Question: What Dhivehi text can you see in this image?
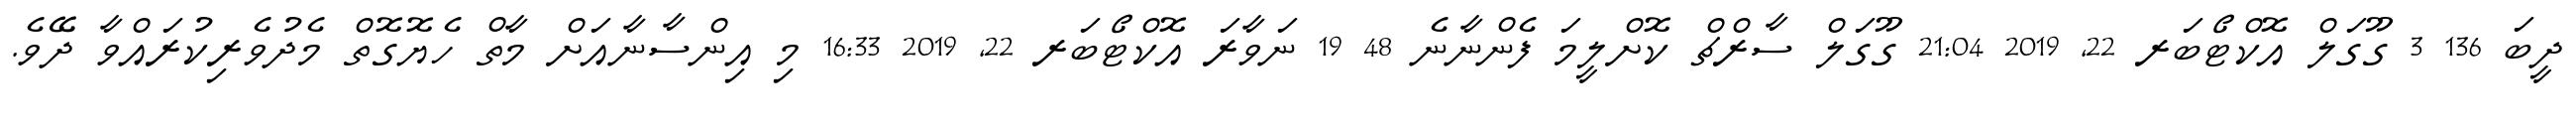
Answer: ދީބަ 136 3 ގޫގަލް އޮކްޓޯބަރ 22, 2019 21:04 ގޫގަލް ސާރްޗް ކޮށްލީމަ ފެންނާނެ 48 19 ނަވާރަ އޮކްޓޯބަރ 22, 2019 16:33 މި އިންސާނާއަށް މާތް ހެޔޮގޮތް މެދުވެރިކުރައްވާ ދޭވެ.